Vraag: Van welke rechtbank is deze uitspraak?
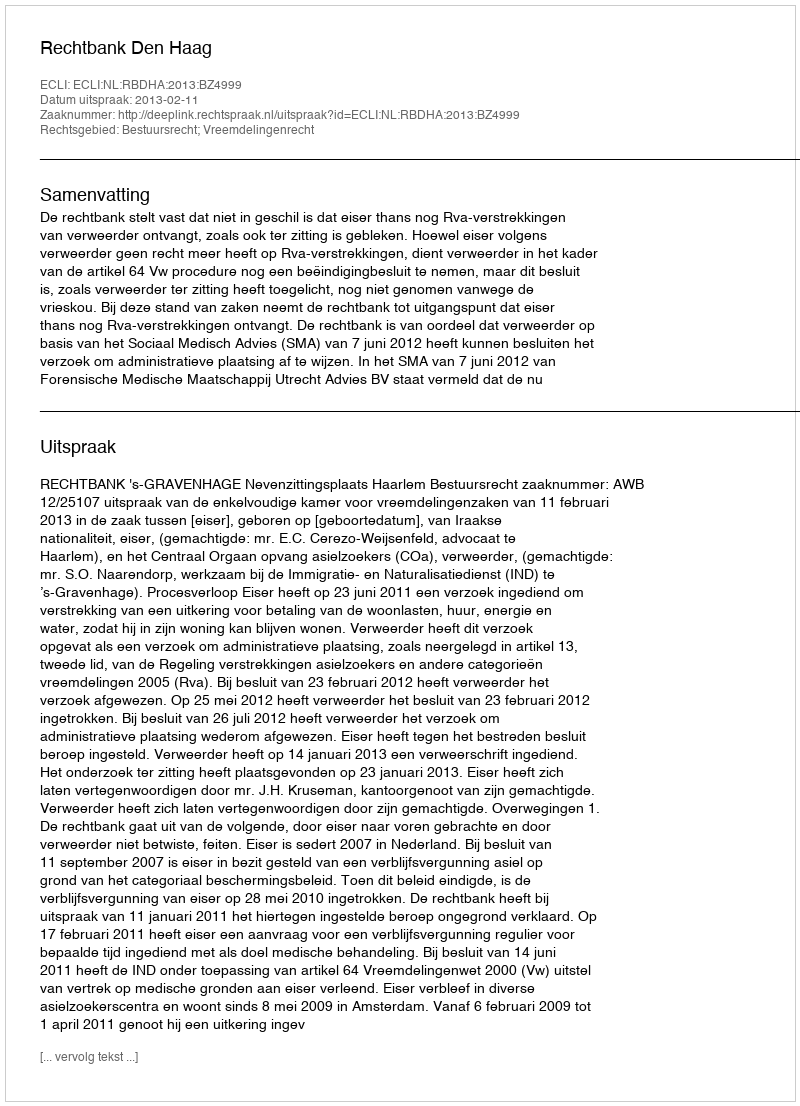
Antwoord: Rechtbank Den Haag